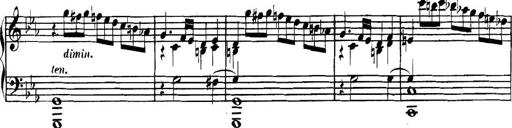
Title: Collected Piano Sonatas
Composer: Muzio Clementi